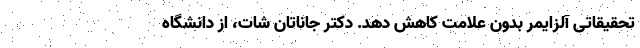
تحقیقاتی آلزایمر بدون علامت کاهش دهد. دکتر جاناتان شات، از دانشگاه